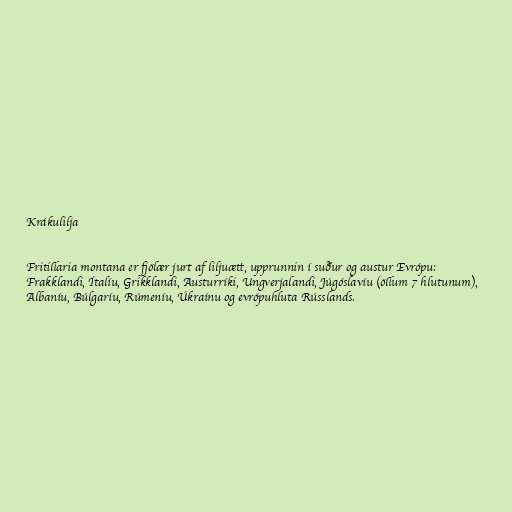
Krákulilja

Fritillaria montana er fjölær jurt af liljuætt, upprunnin í suður og austur Evrópu:
Frakklandi, Ítalíu, Grikklandi, Austurríki, Ungverjalandi, Júgóslavíu (öllum 7 hlutunum),
Albaníu, Búlgaríu, Rúmeníu, Úkraínu og evrópuhluta Rússlands.